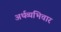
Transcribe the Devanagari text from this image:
अर्थव्यभिचार